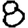
Digit: 8